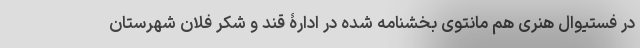
در فستیوال هنری هم مانتوی بخشنامه شده در ادارۀ قند و شکر فلان شهرستان